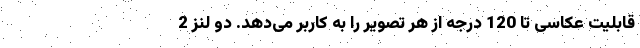
قابلیت عکاسی تا 120 درجه از هر تصویر را به کاربر می‌دهد. دو لنز 2